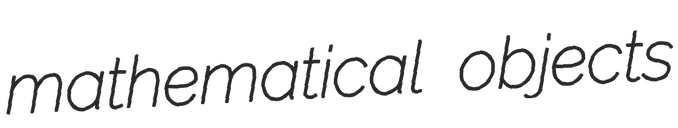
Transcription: mathematical objects